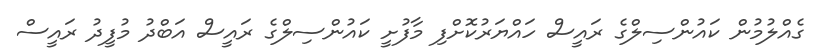
ގެއްލުމުން ކައުންސިލްގެ ރައީސް ހައްޔަރުކޮށްފި މާފުށީ ކައުންސިލްގެ ރައީސް އަބްދު މުފީދު ރައީސް